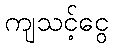
ကျသင့်ငွေ